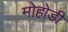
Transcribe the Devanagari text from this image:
मोहोडी